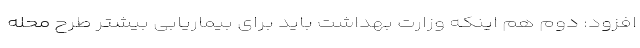
افزود: دوم هم اینکه وزارت بهداشت باید برای بیماریابی بیشتر طرح محله